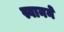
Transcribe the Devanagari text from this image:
स्वानने